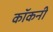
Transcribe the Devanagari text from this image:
कॉकनी